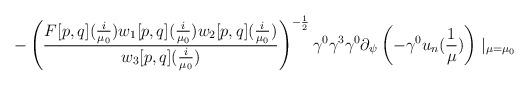
LaTeX: \begin{align*}-\left(\frac{F[p,q](\frac{i}{\mu_{0}})w_{1}[p,q](\frac{i}{\mu_{0}})w_{2}[p,q](\frac{i}{\mu_{0}})}{w_{3}[p,q](\frac{i}{\mu_{0}})}\right)^{-\frac{1}{2}}\gamma^{0}\gamma^{3}\gamma^{0}\partial_{\psi}\left(-\gamma^{0}u_{n}(\frac{1}{\mu})\right)\mid_{\mu=\mu_{0}}\end{align*}